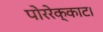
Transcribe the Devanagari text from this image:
पोररेक्काट।